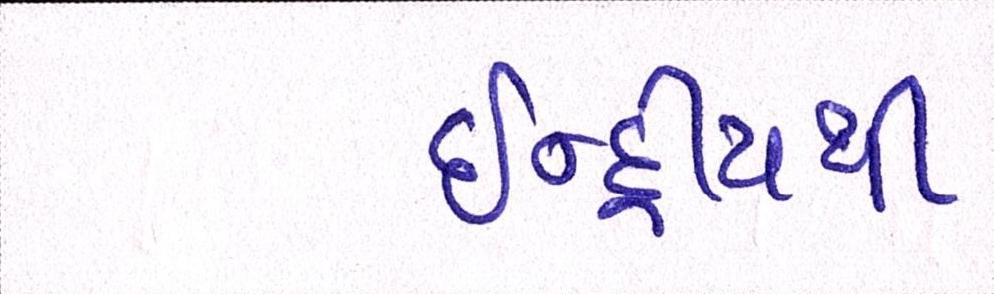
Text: ઇન્દ્રીયથી